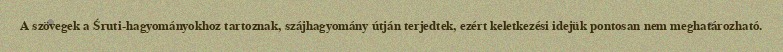
A szövegek a Śruti-hagyományokhoz tartoznak, szájhagyomány útján terjedtek, ezért keletkezési idejük pontosan nem meghatározható.